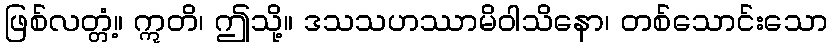
ဖြစ်လတ္တံ့။ ဣတိ၊ ဤသို့။ ဒသသဟဿာမိဝါသိနော၊ တစ်သောင်းသော